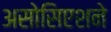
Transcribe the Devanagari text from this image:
असोसिएशने